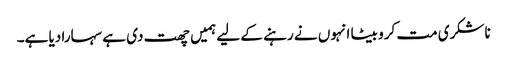
ناشکری مت کرو بیٹا انہوں نے رہنے کے لیے ہمیں چھت دی ہے سہارا دیا ہے۔